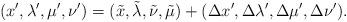
LaTeX: \begin{align*} (x',\lambda',\mu',\nu') = (\tilde{x}, \tilde{\lambda}, \tilde{\nu}, \tilde{\mu}) + (\Delta x', \Delta \lambda', \Delta\mu', \Delta\nu').\end{align*}